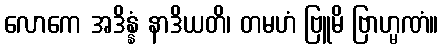
လောကေ အဒိန္နံ နာဒိယတိ၊ တမဟံ ဗြူမိ ဗြာဟ္မဏံ။